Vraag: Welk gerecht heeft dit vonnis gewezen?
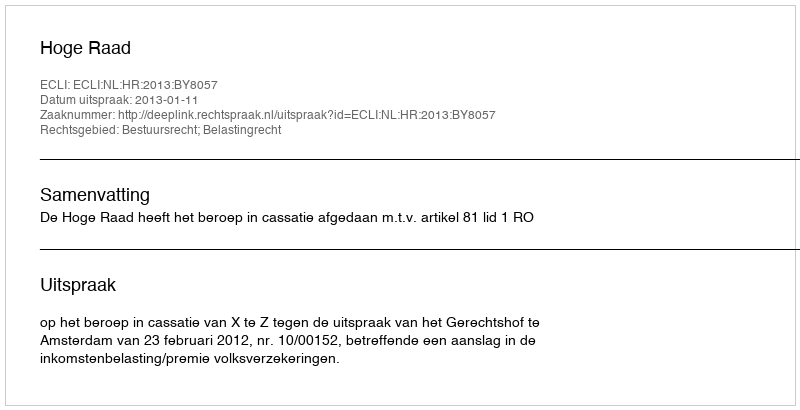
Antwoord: Hoge Raad